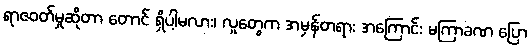
ရာဇဝတ်မှုဆိုတာ တောင် ရှိပါ့မလား၊ လူတွေက အမှန်တရား အကြောင်း မကြာခဏ ပြော